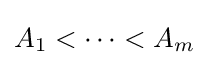
A_{1}<\cdots <A_{m}